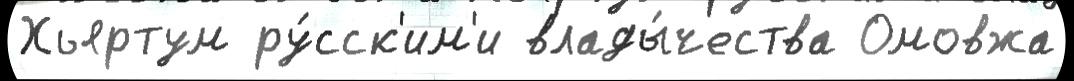
Хьяртум ру́сск'им'и влады́чества Омовжа